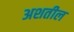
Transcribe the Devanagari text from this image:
अशतील